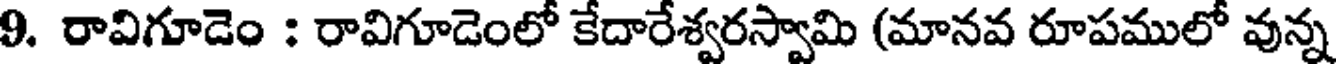
9. రావిగూడెం : రావిగూడెంలో కేదారేశ్వరస్వామి (మానవ రూపములో వున్న